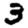
Digit: 3